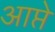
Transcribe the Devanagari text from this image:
आप्ते